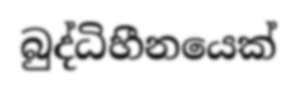
බුද්ධිහීනයෙක්